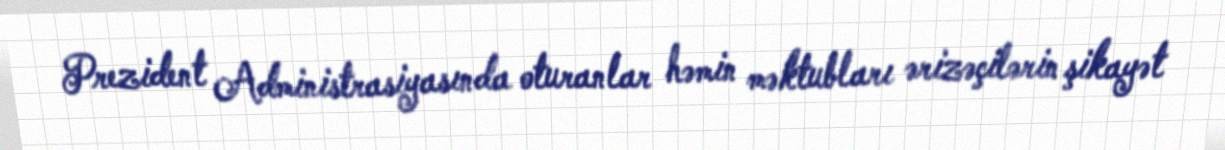
Prezident Administrasiyasında oturanlar həmin məktubları ərizəçilərin şikayət